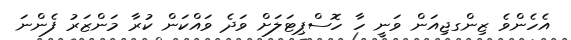
އެހެންވެ ޒިންގޖިއަން ވަނީ ހާ ހޮސްޕިޓަލަށް ވަދެ ވައްކަން ކުރާ މަންޒަރު ފެންނަ